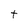
Character: t